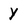
Character: Y